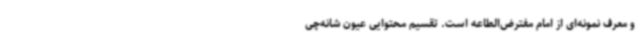
و معرف نمونه‌ای از امام مفترض‌الطاعه است. تقسیم محتوایی عیون شانه‌چی